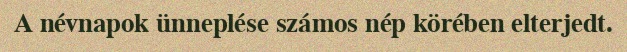
A névnapok ünneplése számos nép körében elterjedt.